Report on the Nagpur School of Medicine, Central Provinces
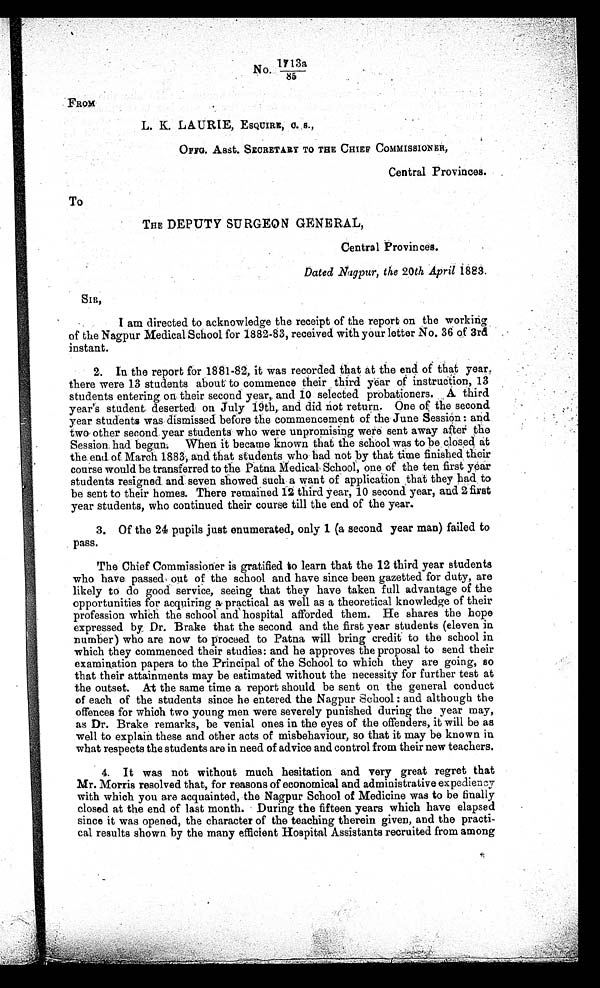
85
FROM
L. K. LAURIE, ESQUIRE, O. S.,
OFFG. Asst. SECRETARY TO THE CHIEF COMMISSIONER,
Central Provinces.
To
THE DEPUTY SURGEON GENERAL,
Central Provinces.
Dated Nagpur, the 20th April 1883.
SIR,
I am directed to acknowledge the receipt of the report on the working
of the Nagpur Medical School for 1882-83, received with your letter No. 36 of 3rd
instant.
2. In the report for 1881-82, it was recorded that at the end of that year,
there were 13 students about to commence their third year of instruction, 13
students entering on their second year,. and 10 selected probationers. A third
year's student deserted on July 19th, and did not return. One of the second
year students was dismissed before the commencement of the June Session : and
two other second year students who were unpromising were sent away after the
Session had begun. When it became known that the school was to be closed at
the end of March 1883; and that students who had not by that time finished their
course would be transferred to the Patna Medical School, one of the ten first year
students resigned and seven showed such a want of application that they had to
be sent to their homes. There remained 12 third year, 10 second year, and 2 first
year students, who continued their course till the end of the year.
3. Of the 24 pupils just enumerated, only 1 (a second year man) failed to
pass.
The Chief Commissioner is gratified to learn that the 12 third year students
who have passed out of the school and have since been gazetted for duty, are
likely to do good service, seeing that they have taken full advantage of the
opportunities for acquiring a practical as well as a theoretical knowledge of their
profession which the school and hospital afforded them. He shares the hope
expressed by Dr. Brake that the second and the first year students (eleven in
number) who are now to proceed to Patna will bring credit to the school in
which they commenced their studies: and he approves the proposal to send their
examination papers to the Principal of the School to which they are going, so
that their attainments may be estimated without the necessity for further test at
the outset. At the same time a report should be sent on the general conduct
of each of the students since he entered the Nagpur School : and although the
offences for which two young men were severely punished during the year may,
as Dr. Brake remarks, be venial ones in the eyes of the offenders, it will be as
well to explain these and other acts of misbehaviour, so that it may be known in
what respects the students are in need of advice and control from their new teachers.
4 It was not without much hesitation and very great regret that
Mr. Morris resolved that, for reasons of economical and administrative expediency
with which you are acquainted, the Nagpur School of Medicine was to be finally
closed at the end of last month. .During the fifteen years which have elapsed
since it was opened, the character of the teaching therein given, and the practi
cal results shown by the many efficient Hospital Assistants recruited from among